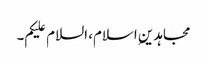
مجاہدین ِاسلام، السلام علیکم۔